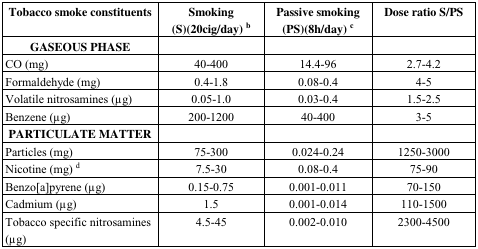
<table><thead><tr><td><b>Tobacco smoke constituents</b></td><td><b>Smoking (S)(20cig/day)<sup>b</sup></b></td><td><b>Passive smoking (PS)(8h/day)<sup>c</sup></b></td><td><b>Dose ratio S/PS</b></td></tr></thead><tbody><tr><td><b>GASEOUS PHASE</b></td><td></td><td></td><td></td></tr><tr><td>CO (mg)</td><td>40–400</td><td>14.4–96</td><td>2.7–4.2</td></tr><tr><td>Formaldehyde (mg)</td><td>0.4–1.8</td><td>0.08–0.4</td><td>4–5</td></tr><tr><td>Volatile nitrosamines (μg)</td><td>0.05–1.0</td><td>0.03–0.4</td><td>1.5–2.5</td></tr><tr><td>Benzene (μg)</td><td>200–1200</td><td>40–400</td><td>3–5</td></tr><tr><td><b>PARTICULATE MATTER</b></td><td></td><td></td><td></td></tr><tr><td>Particles (mg)</td><td>75–300</td><td>0.024–0.24</td><td>1250–3000</td></tr><tr><td>Nicotine (mg) <sup>d</sup></td><td>7.5–30</td><td>0.08–0.4</td><td>75–90</td></tr><tr><td>Benzo[a]pyrene (μg)</td><td>0.15–0.75</td><td>0.001–0.011</td><td>70–150</td></tr><tr><td>Cadmium (μg)</td><td>1.5</td><td>0.001–0.014</td><td>110–1500</td></tr><tr><td>Tobacco specific nitrosamines (μg)</td><td>4.5–45</td><td>0.002–0.010</td><td>2300–4500</td></tr></tbody></table>